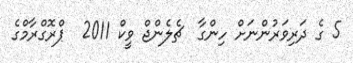
5 ގެ ދަރިވަރުންނަށް ހިންގާ  ޗެލެންޖް ވީކް 2011  ޕްރޮގްރާމްގެ